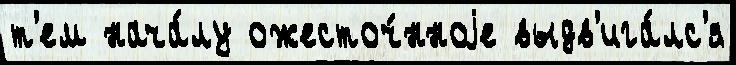
т'ем нача́лу ожесточ́нноjе выдв'ига́лс'я